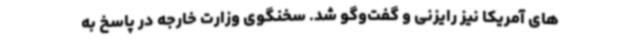
های آمریکا نیز رایزنی و گفت‌وگو شد. سخنگوی وزارت خارجه در پاسخ به